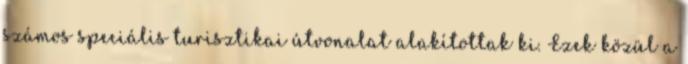
számos speciális turisztikai útvonalat alakítottak ki. Ezek közül a